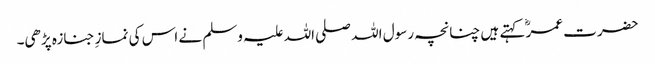
حضرت عمرؓ کہتے ہیں چنانچہ رسول اللہ صلی اللہ علیہ وسلم نے اس کی نمازِ جنازہ پڑھی۔